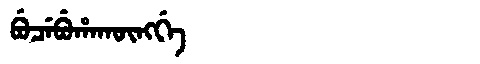
Manchu: ᠪᡠᠴᡝᠪᡠᡥᠠᡴᡡᠩᡤᡝ
Romanization: BUCEBUHAKŪNGGE